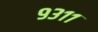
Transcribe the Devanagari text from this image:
९३११